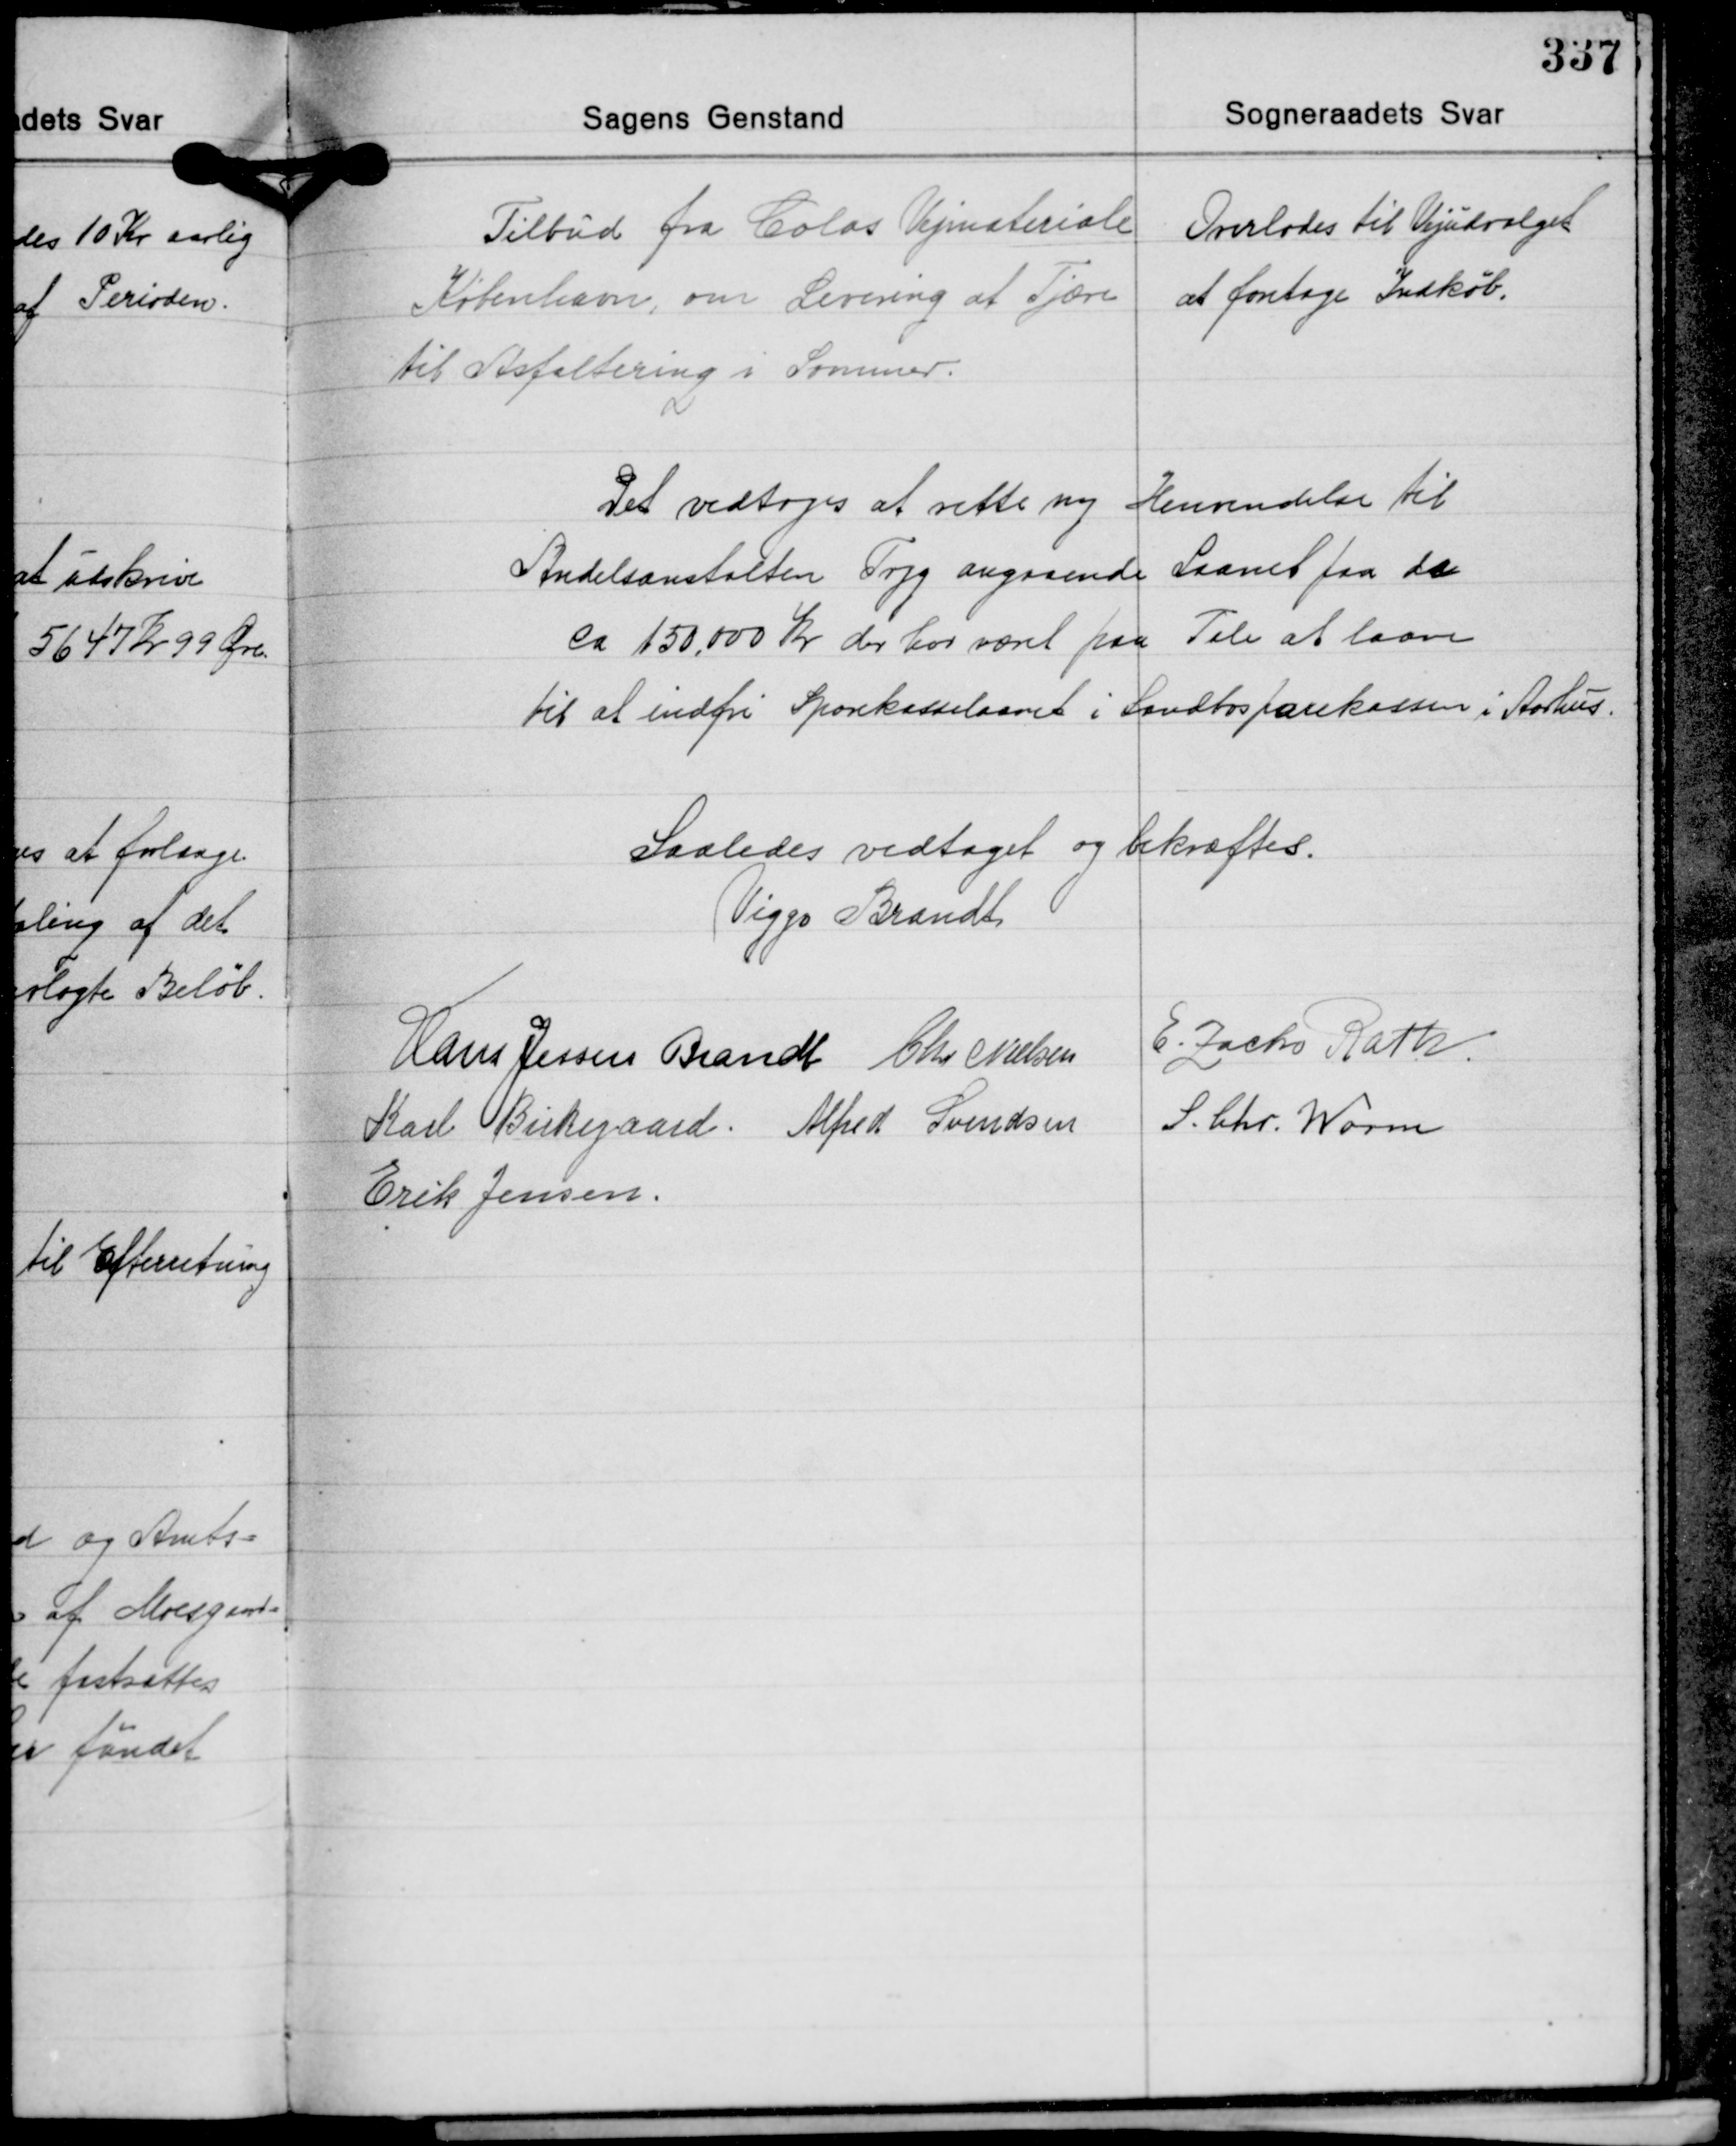
Transskription:
Tilbud fra Colas Vejmateriale
København, om Levering af Tjære
til Asfaltering i Sommer.

Overlodes til Vejudvalget
at foretage Indkøb.

Det vedtoges at rette ny Henvendelse til
Andelsanstalten Tryg angaaende Laanet paa de
ca. 150.000 Kr. der har været paa Tale at laane
til at indfri Sparekasselaanet i Landbosparekassen i Aarhus.

Saaledes vedtaget og bekræftes.
Viggo Brandt
E. Zacho Rath
Hans Jessen Brandt Chr. Nielsen
S. Chr. Worm
Karl Birkegaard Alfred Svendsen
Erik Jensen